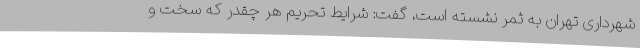
شهرداری تهران به ثمر نشسته است، گفت: شرایط تحریم هر چقدر که سخت و